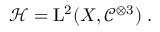
\mathcal H = \mathrm { L } ^ { 2 } ( X , \mathcal C ^ { \otimes 3 } ) \; .